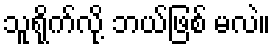
သူရိုက်လို့ ဘယ်ဖြစ် မလဲ။